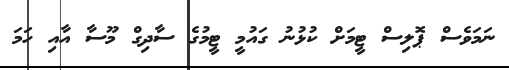
ނަމަވެސް ޕޮލިސް ޓީމަށް ކުޅުނު ގައުމީ ޓީމުގެ ސާދިގް މޫސާ އާއި ހަމަ